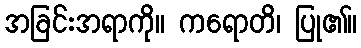
အခြင်းအရာကို။ ကရောတိ၊ ပြု၏။